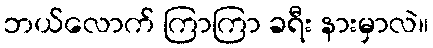
ဘယ်လောက် ကြာကြာ ခရီး နားမှာလဲ။